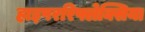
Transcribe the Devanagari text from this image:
हाइपररिफ्लेक्सिया